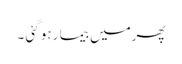
پھرمیں بیما ر ہو گئی ۔